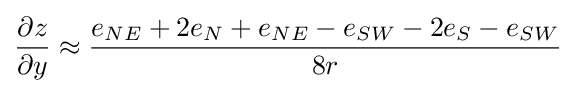
{\frac {\partial z}{\partial y}}\approx {\frac {e_{NE}+2e_{N}+e_{NE}-e_{SW}-2e_{S}-e_{SW}}{8r}}